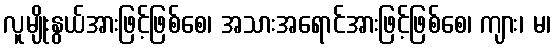
လူမျိုးနွယ်အားဖြင့်ဖြစ်စေ၊ အသားအရောင်အားဖြင့်ဖြစ်စေ၊ ကျား၊ မ၊